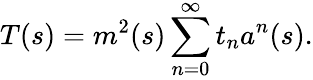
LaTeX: T(s)=m^{2}(s)\sum_{n=0}^{\infty}t_{n}a^{n}(s).